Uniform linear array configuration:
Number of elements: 12
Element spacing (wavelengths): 0.25
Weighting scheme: blackman
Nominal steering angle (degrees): -30
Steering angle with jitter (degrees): -31.151
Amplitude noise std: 0.05
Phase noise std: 0.05

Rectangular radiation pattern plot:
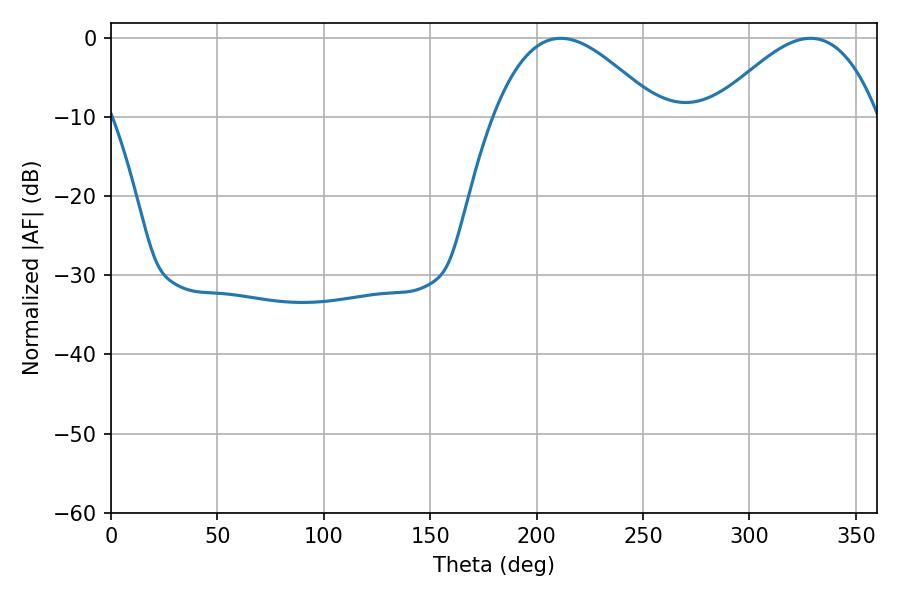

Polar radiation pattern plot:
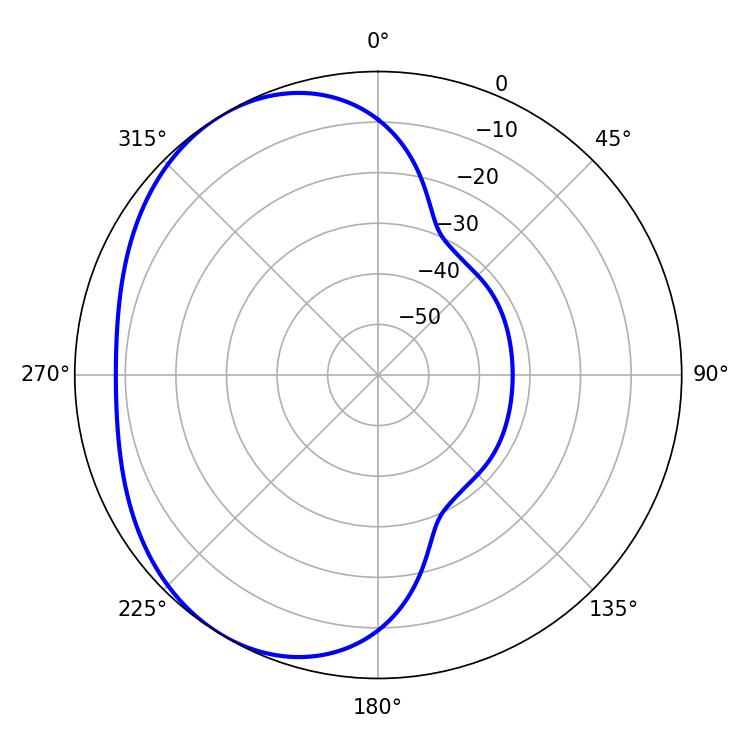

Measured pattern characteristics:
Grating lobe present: FALSE
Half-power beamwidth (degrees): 42.12
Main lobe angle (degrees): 211.32